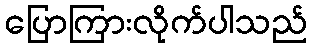
ပြောကြားလိုက်ပါသည်